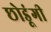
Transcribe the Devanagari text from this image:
छोडूंगी